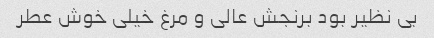
بی نظیر بود برنجش عالی و مرغ خیلی خوش عطر